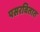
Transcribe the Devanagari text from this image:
पसरवितात